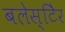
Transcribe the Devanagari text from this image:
बलेस्टिेर